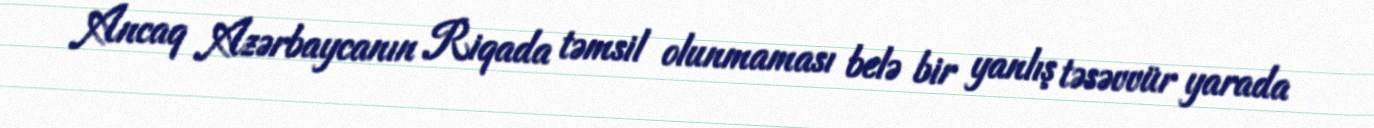
Ancaq Azərbaycanın Riqada təmsil olunmaması belə bir yanlış təsəvvür yarada